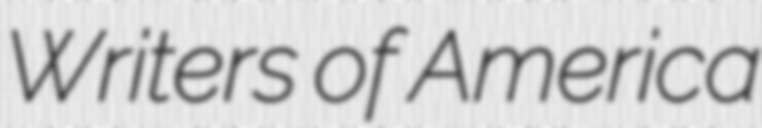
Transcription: Writers of America